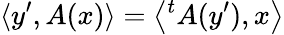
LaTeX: \langle y^{\prime},A(x)\rangle=\left\langle{}^{t}A(y^{\prime}),x\right\rangle